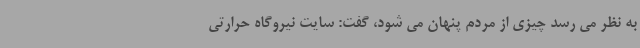
به نظر می رسد چیزی از مردم پنهان می شود، گفت: سایت نیروگاه حرارتی